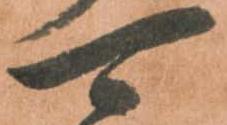
可